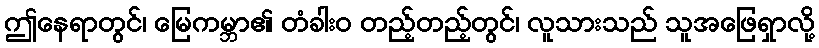
ဤနေရာတွင်၊ မြေကမ္ဘာ၏ တံခါးဝ တည့်တည့်တွင်၊ လူသားသည် သူအဖြေရှာလို့